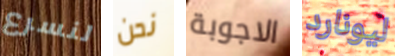
لنسرع نحن الاجوبة ليونارد